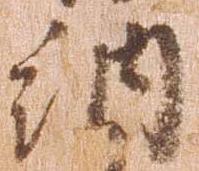
納